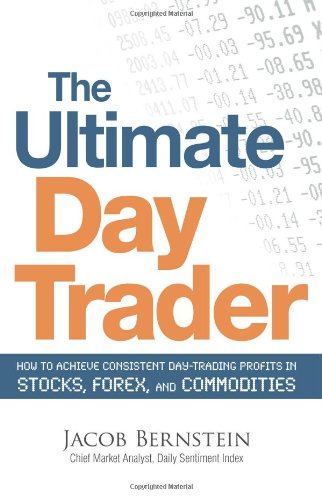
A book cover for The Ultimate Day Trader: How to Achieve Consistent Day Trading Profits in Stocks, Forex, and Commodities; Jacob Bernstein; Business & Money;